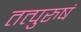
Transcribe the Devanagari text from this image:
तत्पुरुषं